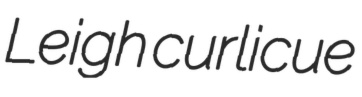
Leigh curlicue